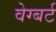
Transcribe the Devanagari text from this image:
वेग्बर्ट